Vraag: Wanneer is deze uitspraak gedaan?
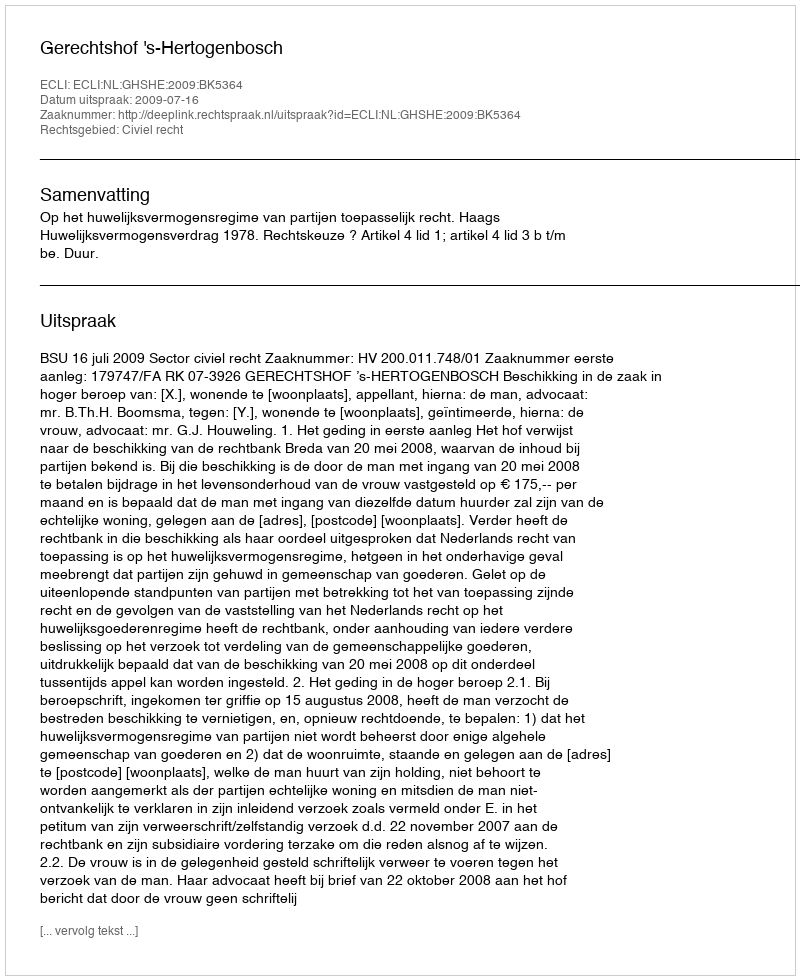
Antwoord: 2009-07-16